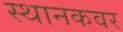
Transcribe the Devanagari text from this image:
स्थानकवर